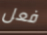
فعل